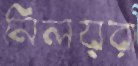
নিলয়রা